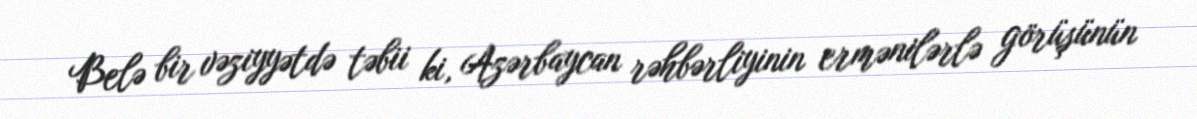
Belə bir vəziyyətdə təbii ki, Azərbaycan rəhbərliyinin ermənilərlə görüşünün